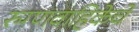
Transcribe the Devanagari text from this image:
रुग्णवाहिकेचे